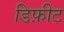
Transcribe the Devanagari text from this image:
डिफ़ीट